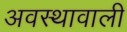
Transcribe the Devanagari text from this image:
अवस्थावाली